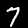
Label: 7